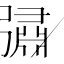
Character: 彇